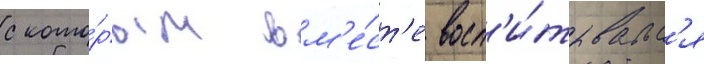
с кото́рым вм'е́ст'е восп'и́тывалс'я